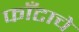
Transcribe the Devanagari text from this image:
फाँटाचे